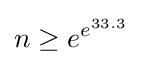
n\geq e^{e^{33.3}}